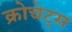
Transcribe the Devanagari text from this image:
क्रोचेट्स